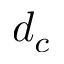
d _ { c }